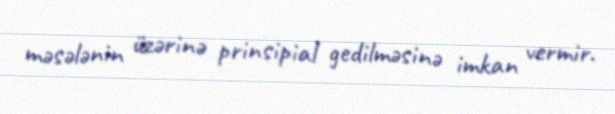
məsələnin üzərinə prinsipial gedilməsinə imkan vermir.